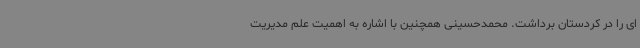
ای را در کردستان برداشت. محمدحسینی همچنین با اشاره به اهمیت علم مدیریت